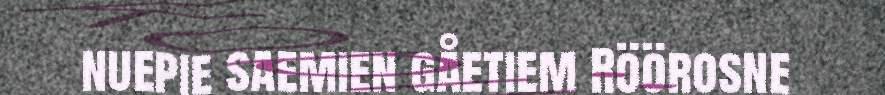
nuepie saemien gåetiem Röörosne